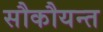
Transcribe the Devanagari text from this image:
सौकौयन्त